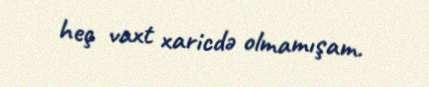
heç vaxt xaricdə olmamışam.